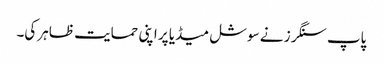
پاپ سنگرز نے سوشل میڈیا پر اپنی حمایت ظاہر کی۔